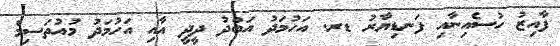
ފާއިޒު ހުސެއިނާއި ފަނޑިޔާރު ޑރ. އަހުމަދު އަބްދު ދީދީ އާއި އަހުމަދު މުއުތަސިމް